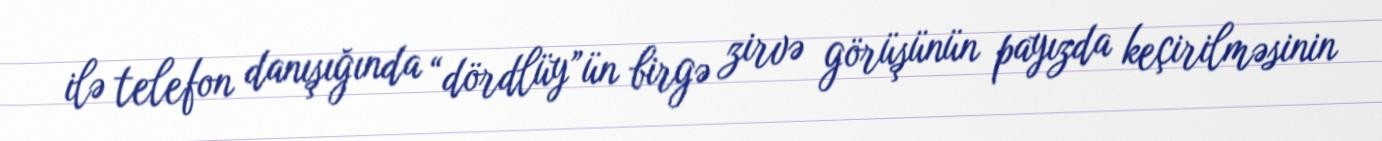
ilə telefon danışığında “dördlüy”ün birgə zirvə görüşünün payızda keçirilməsinin